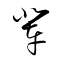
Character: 輩